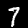
Label: 7